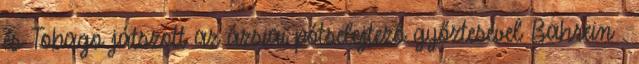
és Tobago játszott az ázsiai pótselejtező győztesével Bahrein .